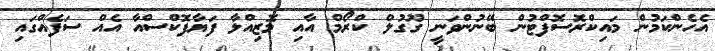
އެހެންކަމުން މައިކްރޮސޮފްޓުން ބޭނުންވަނީ ގޫގުލް ކްރޯމް އާއި މޮޒިއްލާ ފަޔާފޮކްސްއާ އެއް ސަފެއްގައި